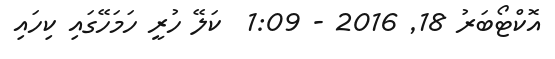
އޮކްޓޯބަރު 18